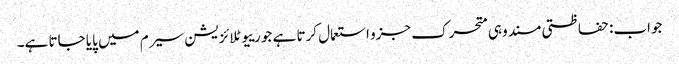
جواب: حفاظتی مسند وہی متحرک جزو استعمال کرتا ہے جو رییوٹلائزیشن سیرم میں پایا جاتا ہے۔